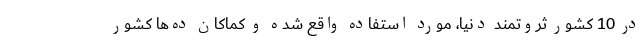
در 10 کشور ثروتمند دنیا، مورد استفاده واقع شده و کماکان ده‌ها کشور